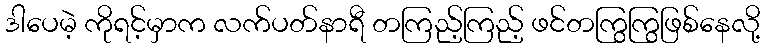
ဒါပေမဲ့ ကိုရင့်မှာက လက်ပတ်နာရီ တကြည့်ကြည့် ဖင်တကြွကြွဖြစ်နေလို့